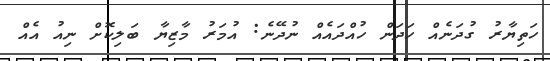
ހަތިޔާރު ގުދަނެއް ހަދަން ހުއްދައެއް ނުދޭނެ: އުމަރު މާޒިޔާ ބަލިކޮށް ނިއު އެއް